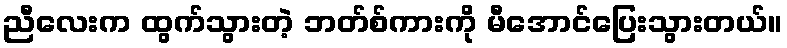
ညီလေးက ထွက်သွားတဲ့ ဘတ်စ်ကားကို မီအောင်ပြေးသွားတယ်။